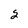
Character: 2